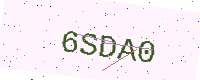
Text: 6SDA0